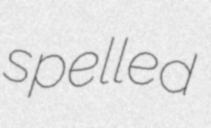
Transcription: spelled